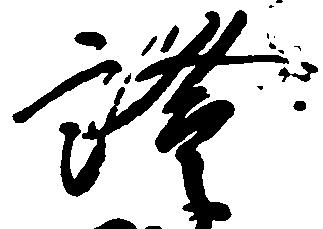
証